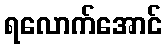
ရလောက်အောင်